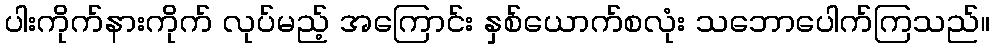
ပါးကိုက်နားကိုက် လုပ်မည့် အကြောင်း နှစ်ယောက်စလုံး သဘောပေါက်ကြသည်။